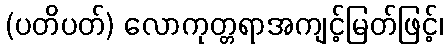
(ပတိပတ်) လောကုတ္တရာအကျင့်မြတ်ဖြင့်၊